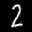
Label: 2